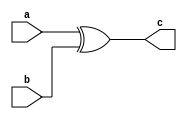
module xor1(c,a,b);
  input a,b;
  output c;
  assign c = a^b;
endmodule